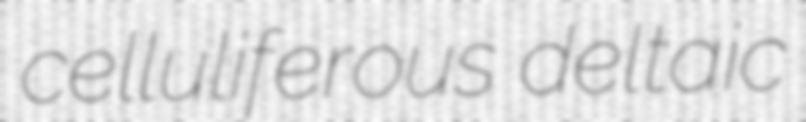
celluliferous deltaic